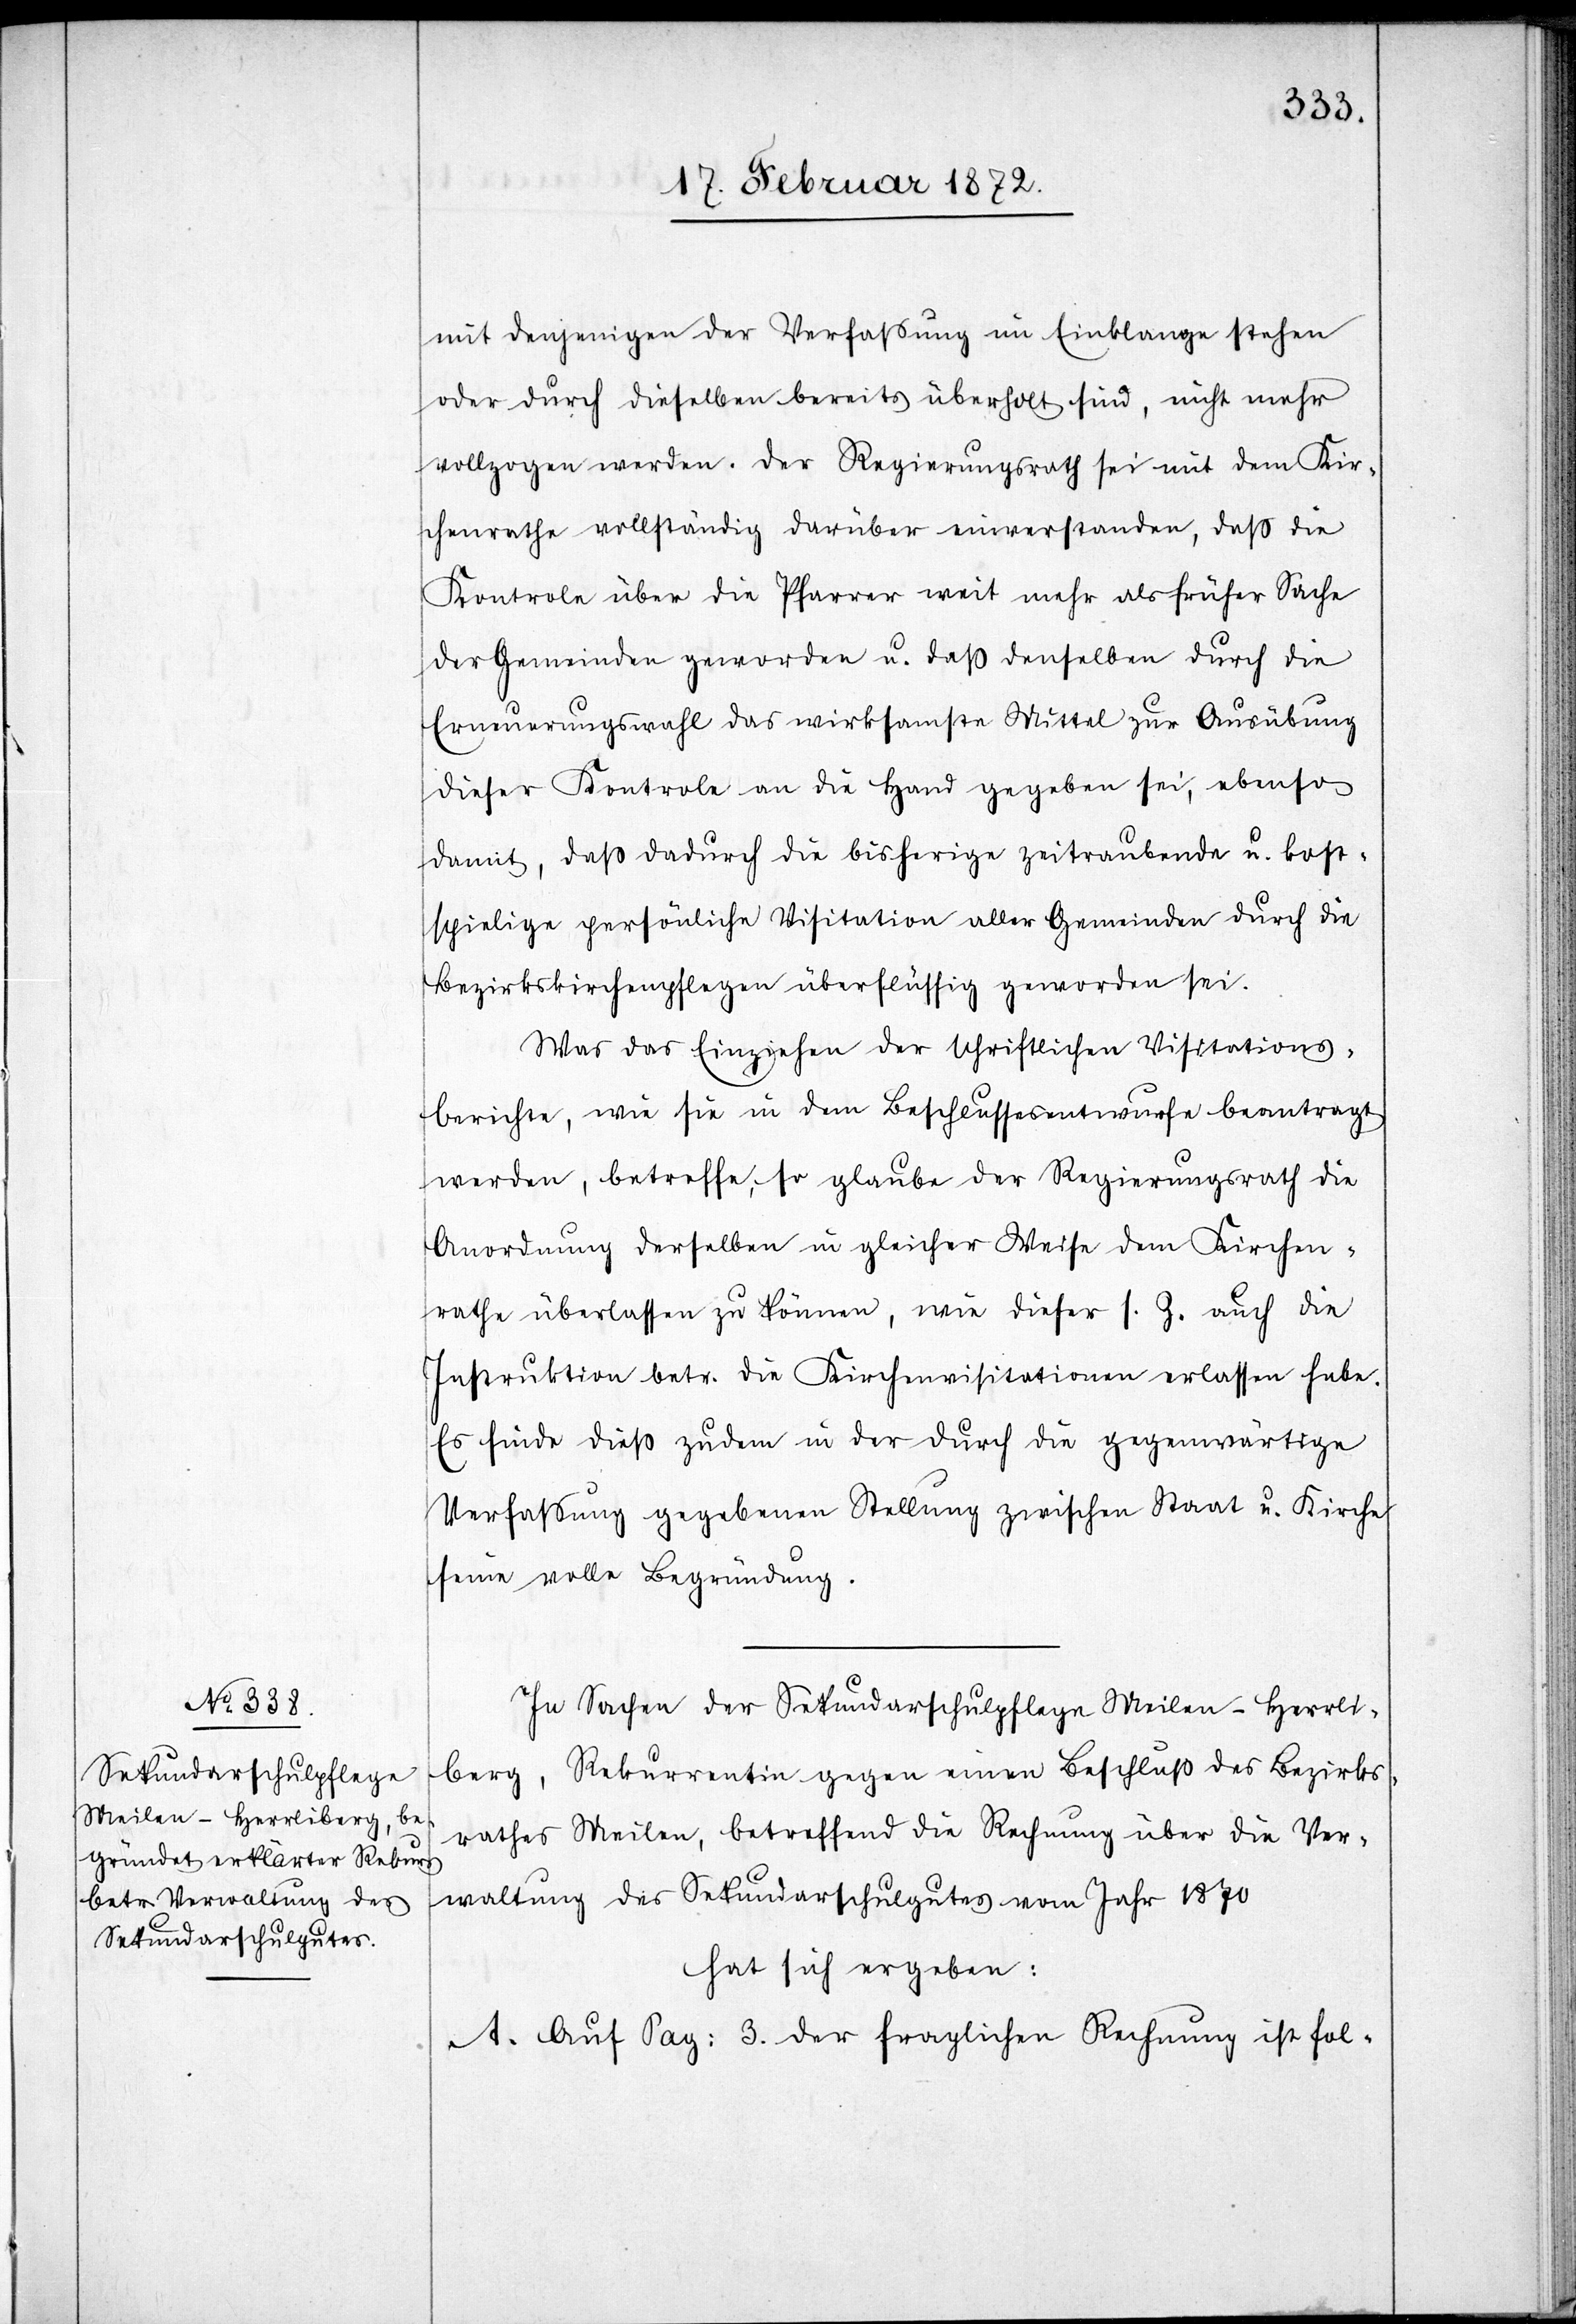
mit denjenigen der Verfassung im Einklange stehen
oder durch dieselben bereits überholt sind, nicht mehr
vollzogen werden. Der Regierungsrath sei mit dem Kir¬
chenrathe vollständig darüber einverstanden, daß die
Kontrole über die Pfarrer weit mehr als früher Sache
der Gemeinden geworden u. daß denselben durch die
Erneuerungswahl das wirksamste Mittel zur Ausübung
dieser Kontrole an die Hand gegeben sei, ebenso
damit, daß dadurch die bisherige zeitraubende u. kost¬
spielige persönliche Visitation aller Gemeinden durch die
Bezirkskirchenpflegen überflüssig geworden sei.
Was das Einziehen der schriftlichen Visitations¬
berichte, wie sie in dem Beschlussesentwurfe beantragt
werden, betreffe, so glaube der Regierungsrath die
Anordnung derselben in gleicher Weise dem Kirchen¬
rathe überlassen zu können, wie dieser s. Z. auch die
Instruktion betr. die Kirchenvisitationen erlassen habe.
Es finde dieß zudem in der durch die gegenwärtige
Verfassung gegebene Stellung zwischen Staat u. Kirche
seine volle Begründung.
In Sachen der Sekundarschulpflege Meilen-Herrli¬
berg, Rekurrentin gegen einen Beschluß des Bezirks¬
rathes Meilen, betreffend die Rechnung über die Ver¬
waltung des Sekundarschulgutes vom Jahr 1870
hat sich ergeben:
A. Auf Pag. 3. der fraglichen Rechnung ist fol-